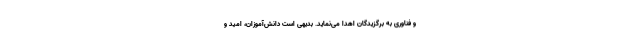
و فناوری به برگزیدگان اهدا می‌نماید. بدیهی است دانش‌آموزان، امید و